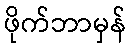
ဖိုက်ဘာမှန်